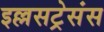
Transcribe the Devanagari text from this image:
इल्लसट्रेसंस